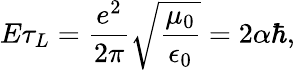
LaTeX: E\tau_{L}=\frac{e^{2}}{2\pi}\sqrt{\frac{\mu_{0}}{\epsilon_{0}}}=2\alpha\hbar,